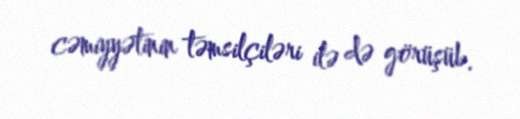
cəmiyyətinin təmsilçiləri ilə də görüşüb.